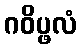
ဂဝိပ္ဖလံ